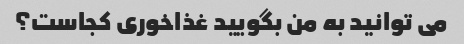
می توانید به من بگویید غذاخوری کجاست؟